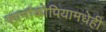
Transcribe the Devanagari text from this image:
फार्माकोपियामधेही